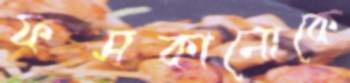
ফসকানোকে